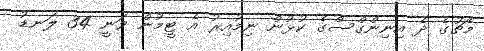
މެޗުގެ ދެ އިނިންގްސްގެ ކުޅުން ނިމުއިރު އެ ޓީމުން ވަނީ 34 ލަނޑު